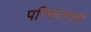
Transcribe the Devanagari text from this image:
परिसरापाशी